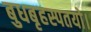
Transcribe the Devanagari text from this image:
बुधबृहस्पतयो।